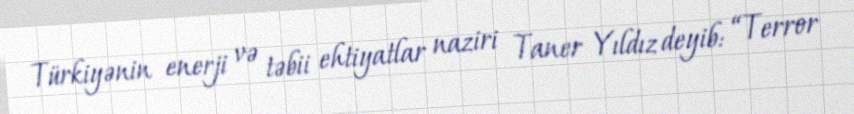
Türkiyənin enerji və təbii ehtiyatlar naziri Taner Yıldız deyib: “Terror